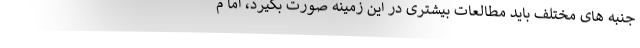
جنبه های مختلف باید مطالعات بیشتری در این زمینه صورت بگیرد، اما م